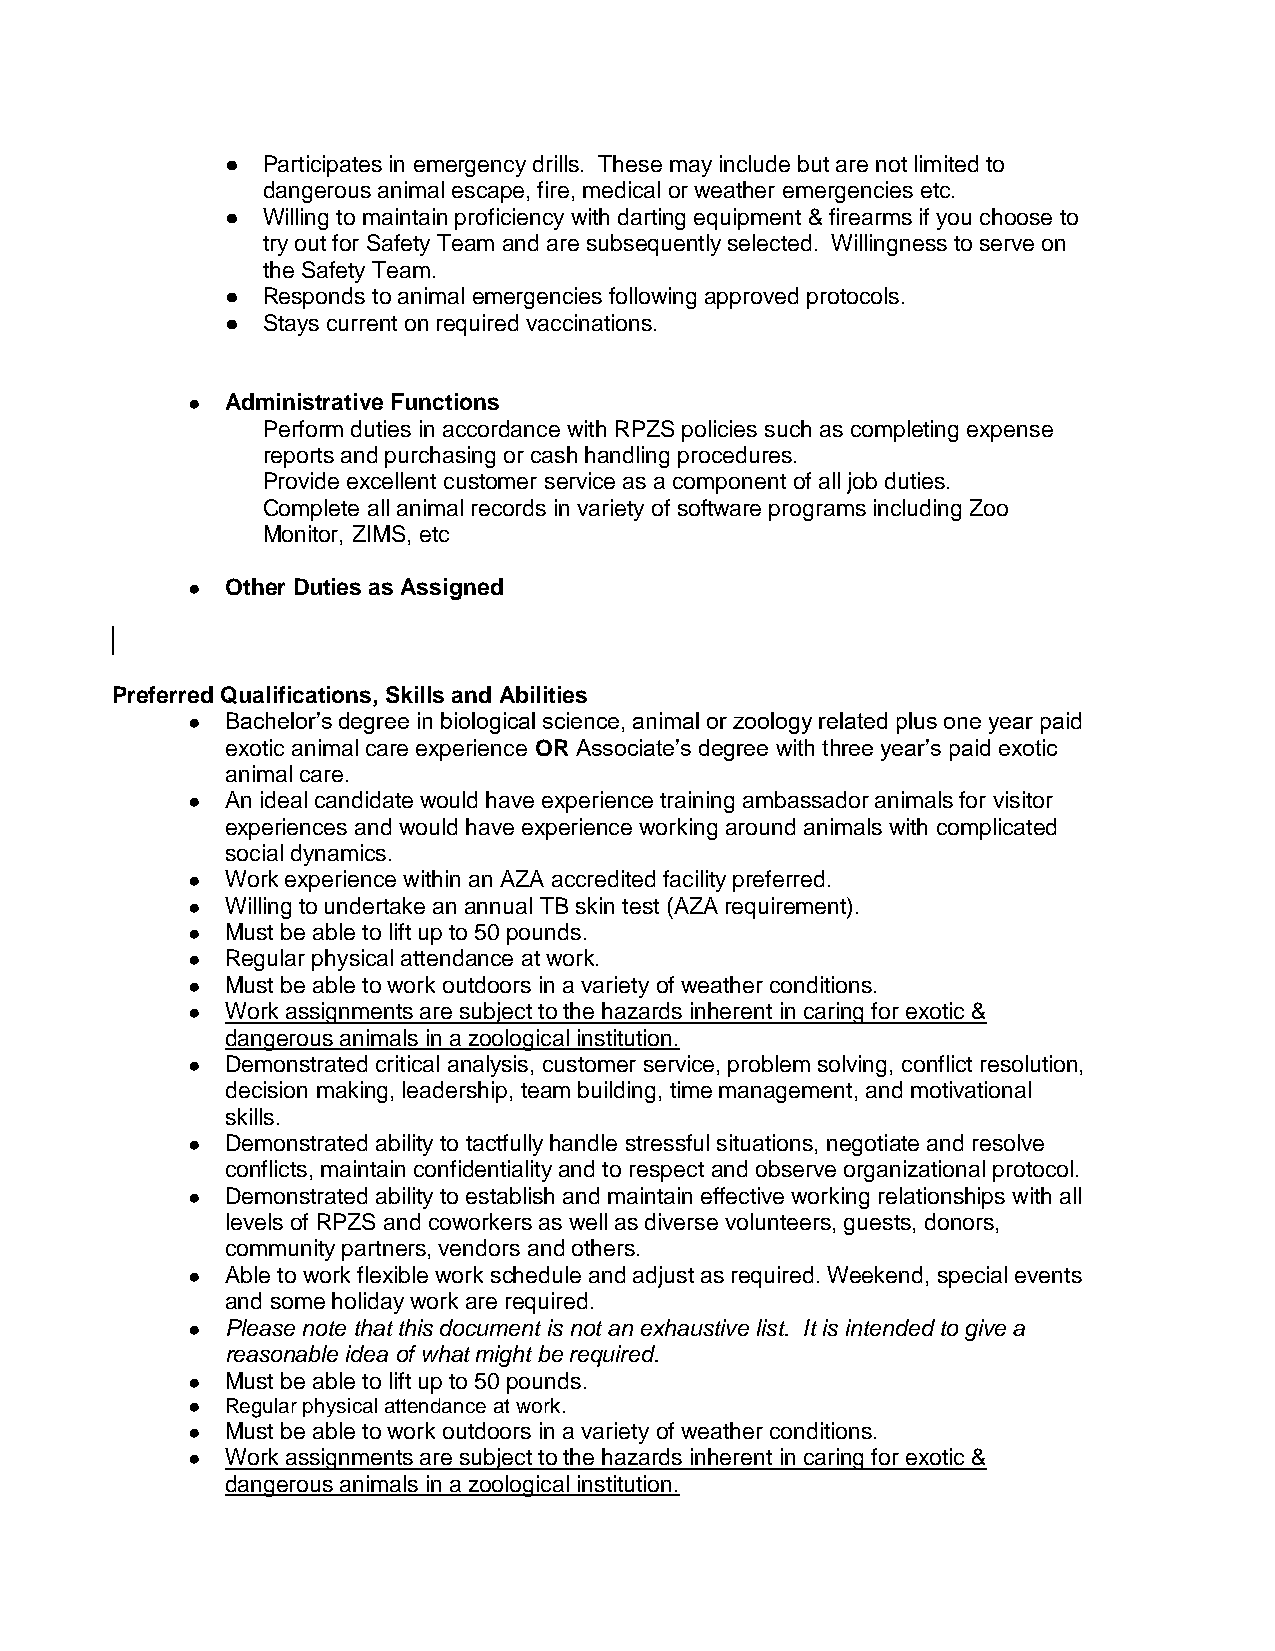
● Participates in emergency drills. These may include but are not limited to
 dangerous animal escape, fire, medical or weather emergencies etc.
 ● Willing to maintain proficiency with darting equipment & firearms if you choose to
 try out for Safety Team and are subsequently selected. Willingness to serve on
 the Safety Team.
 ● Responds to animal emergencies following approved protocols.
 ● Stays current on required vaccinations.
 ●  Administrative Functions
 Perform duties in accordance with RPZS policies such as completing expense
 reports and purchasing or cash handling procedures.
 Provide excellent customer service as a component of all job duties.
 Complete all animal records in variety of software programs including Zoo
 Monitor, ZIMS, etc
 ●  Other Duties as Assigned
 Preferred Qualifications, Skills and Abilities
 ●  Bachelor’s degree in biological science, animal or zoology related plus one year paid
 exotic animal care experience OR Associate’s degree with three year’s paid exotic
 animal care.
 ●  An ideal candidate would have experience training ambassador animals for visitor
 experiences and would have experience working around animals with complicated
 social dynamics.
 ●  Work experience within an AZA accredited facility preferred.
 ●  Willing to undertake an annual TB skin test (AZA requirement).
 ●  Must be able to lift up to 50 pounds.
 ●  Regular physical attendance at work.
 ●  Must be able to work outdoors in a variety of weather conditions.
 ●  Work assignments are subject to the hazards inherent in caring for exotic &
 dangerous animals in a zoological institution.
 ●  Demonstrated critical analysis, customer service, problem solving, conflict resolution,
 decision making, leadership, team building, time management, and motivational
 skills.
 ●  Demonstrated ability to tactfully handle stressful situations, negotiate and resolve
 conflicts, maintain confidentiality and to respect and observe organizational protocol.
 ●  Demonstrated ability to establish and maintain effective working relationships with all
 levels of RPZS and coworkers as well as diverse volunteers, guests, donors,
 community partners, vendors and others.
 ●  Able to work flexible work schedule and adjust as required. Weekend, special events
 and some holiday work are required.
 ●  Please note that this document is not an exhaustive list. It is intended to give a
 reasonable idea of what might be required.
 ●  Must be able to lift up to 50 pounds.
 ●  Regular physical attendance at work.
 ●  Must be able to work outdoors in a variety of weather conditions.
 ●  Work assignments are subject to the hazards inherent in caring for exotic &
 dangerous animals in a zoological institution.